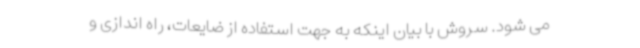
می شود. سروش با بیان اینکه به جهت استفاده از ضایعات، راه اندازی و